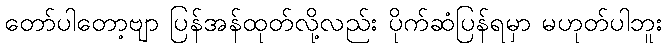
တော်ပါတော့ဗျာ ပြန်အန်ထုတ်လို့လည်း ပိုက်ဆံပြန်ရမှာ မဟုတ်ပါဘူး